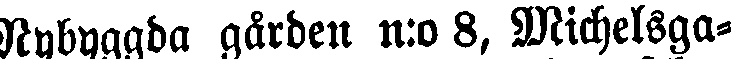
Nybyggda gården n:o 8, Michelsga-